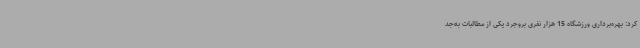
کرد: بهره‌برداری ورزشگاه 15 هزار نفری بروجرد یکی از مطالبات به‌جد